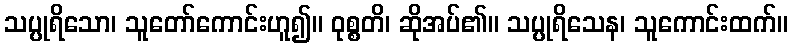
သပ္ပုရိသော၊ သူတော်ကောင်းဟူ၍။ ဝုစ္စတိ၊ ဆိုအပ်၏။ သပ္ပုရိသေန၊ သူကောင်းထက်။